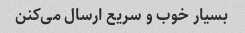
بسیار خوب و سریع ارسال می‌کنن